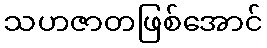
သဟဇာတဖြစ်အောင်